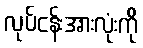
လုပ်ငန်းအားလုံးကို